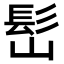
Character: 𩫺